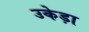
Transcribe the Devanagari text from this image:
उकेड़ा